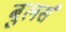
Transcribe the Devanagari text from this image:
बुलर्स